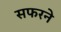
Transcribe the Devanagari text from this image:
सफरने